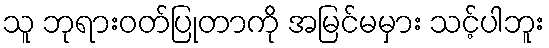
သူ ဘုရားဝတ်ပြုတာကို အမြင်မမှား သင့်ပါဘူး